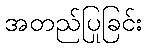
အတည်ပြုခြင်း